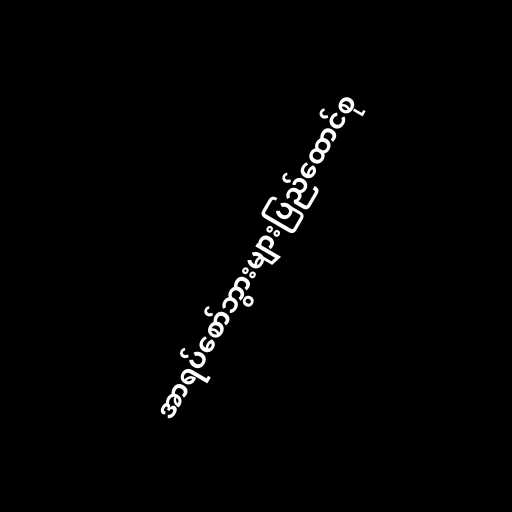
အာရပ်စော်ဘွားများပြည်ထောင်စု